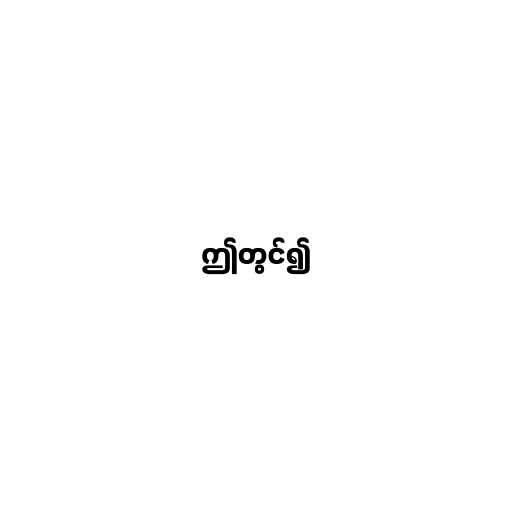
ဤတွင်၍